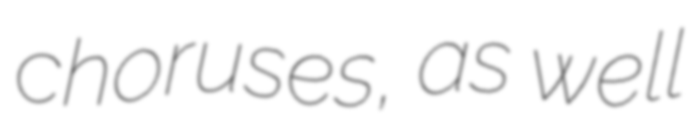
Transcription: choruses, as well